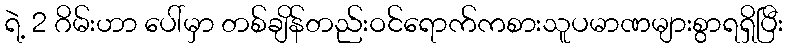
ရဲ့ 2 ဂိမ်းဟာ ပေါ်မှာ တစ်ချိန်တည်းဝင်ရောက်ကစားသူပမာဏများစွာရရှိပြီး